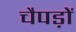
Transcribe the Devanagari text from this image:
चैपड़ों